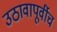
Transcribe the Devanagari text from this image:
उठावापूर्वीच